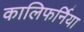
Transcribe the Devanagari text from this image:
कालिफर्निया